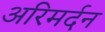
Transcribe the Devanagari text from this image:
अरिमर्दन